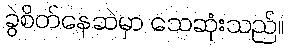
ခွဲစိတ်နေဆဲမှာ သေဆုံးသည်။